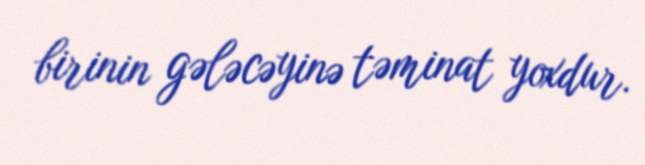
birinin gələcəyinə təminat yoxdur.